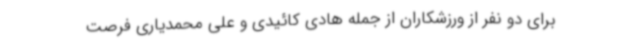
برای دو نفر از ورزشکاران از جمله هادی کائیدی و علی محمدیاری فرصت